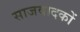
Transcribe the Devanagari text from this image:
साजवादकों